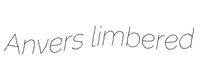
Anvers limbered